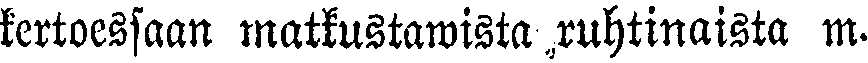
kertoessaan matkustawista ruhtinaista m.